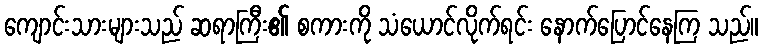
ကျောင်းသားများသည် ဆရာကြီး၏ စကားကို သံယောင်လိုက်ရင်း နောက်ပြောင်နေကြ သည်။